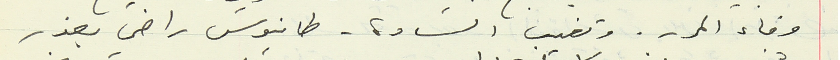
وفاء المر -. وتغيب السادة- طانيوس راضي بعذر